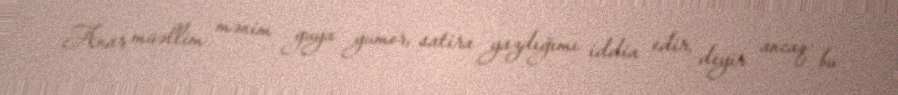
Anar müəllim mənim guya yumor, satira yazdığımı iddia edir, deyir ancaq bu